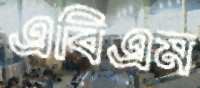
এবিএম